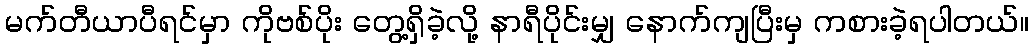
မက်တီယာပီရင်မှာ ကိုဗစ်ပိုး တွေ့ရှိခဲ့လို့ နာရီပိုင်းမျှ နောက်ကျပြီးမှ ကစားခဲ့ရပါတယ်။